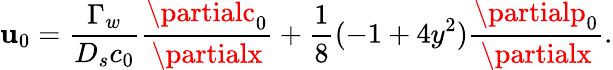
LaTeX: \mathbf{u}_{0}=\frac{{\Gamma_{w}}}{{D_{s}c_{0}}}\frac{{\partialc_{0}}}{{\partialx}}+\frac{{1}}{{8}}(-1+4y^{2})\frac{{\partialp_{0}}}{{\partialx}}.